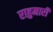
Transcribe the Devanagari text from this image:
राहुमारी